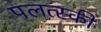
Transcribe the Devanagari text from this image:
पलत्स्की